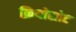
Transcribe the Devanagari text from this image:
क्रियोसोट